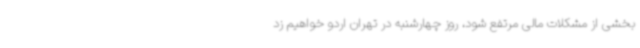
بخشی از مشکلات مالی مرتفع شود، روز چهارشنبه در تهران اردو خواهیم زد